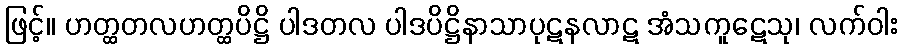
ဖြင့်။ ဟတ္ထတလဟတ္ထပိဋ္ဌိ ပါဒတလ ပါဒပိဋ္ဌိနာသာပုဋနလာဋ အံသကူဋေသု၊ လက်ဝါး